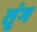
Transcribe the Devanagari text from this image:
तृंग